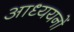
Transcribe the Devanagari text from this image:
आध्ययनों